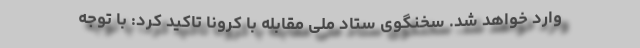
وارد خواهد شد. سخنگوی ستاد ملی مقابله با کرونا تاکید کرد: با توجه